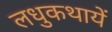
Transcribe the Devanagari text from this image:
लधुकथायें